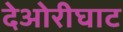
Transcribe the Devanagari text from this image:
देओरीघाट